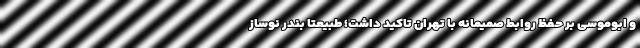
و ابوموسی بر حفظ روابط صمیمانه با تهران تاکید داشت؛ طبیعتاً بندر نوساز